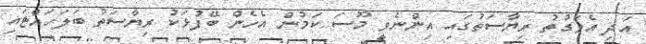
އަދި އެވަގުތު ރިޔާސަތުގައި އިންނެވީ މޫސަ ކަމުން އެހެން ބޭފުޅަކު ރިޔާސަތު ބަލަހައްޓައި